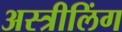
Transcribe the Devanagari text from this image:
अस्त्रीलिंग